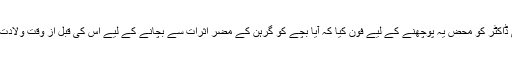
اس نے اپنی ڈاکٹر کو محض یہ پوچھنے کے لیے فون کیا کہ آیا بچے کو گرہن کے مضر اثرات سے بچانے کے لیے اس کی قبل از وقت ولادت ممکن ہے؟